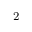
^ { \mathrm { ~ 2 ~ } }